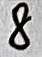
Text: 8